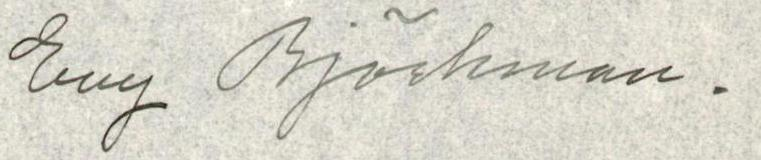
Evy Björkman.